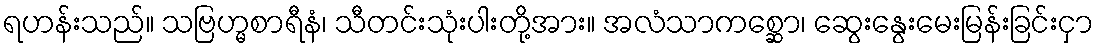
ရဟန်းသည်။ သဗြဟ္မစာရီနံ၊ သီတင်းသုံးပါးတို့အား။ အလံသာကစ္ဆော၊ ဆွေးနွေးမေးမြန်းခြင်းငှာ